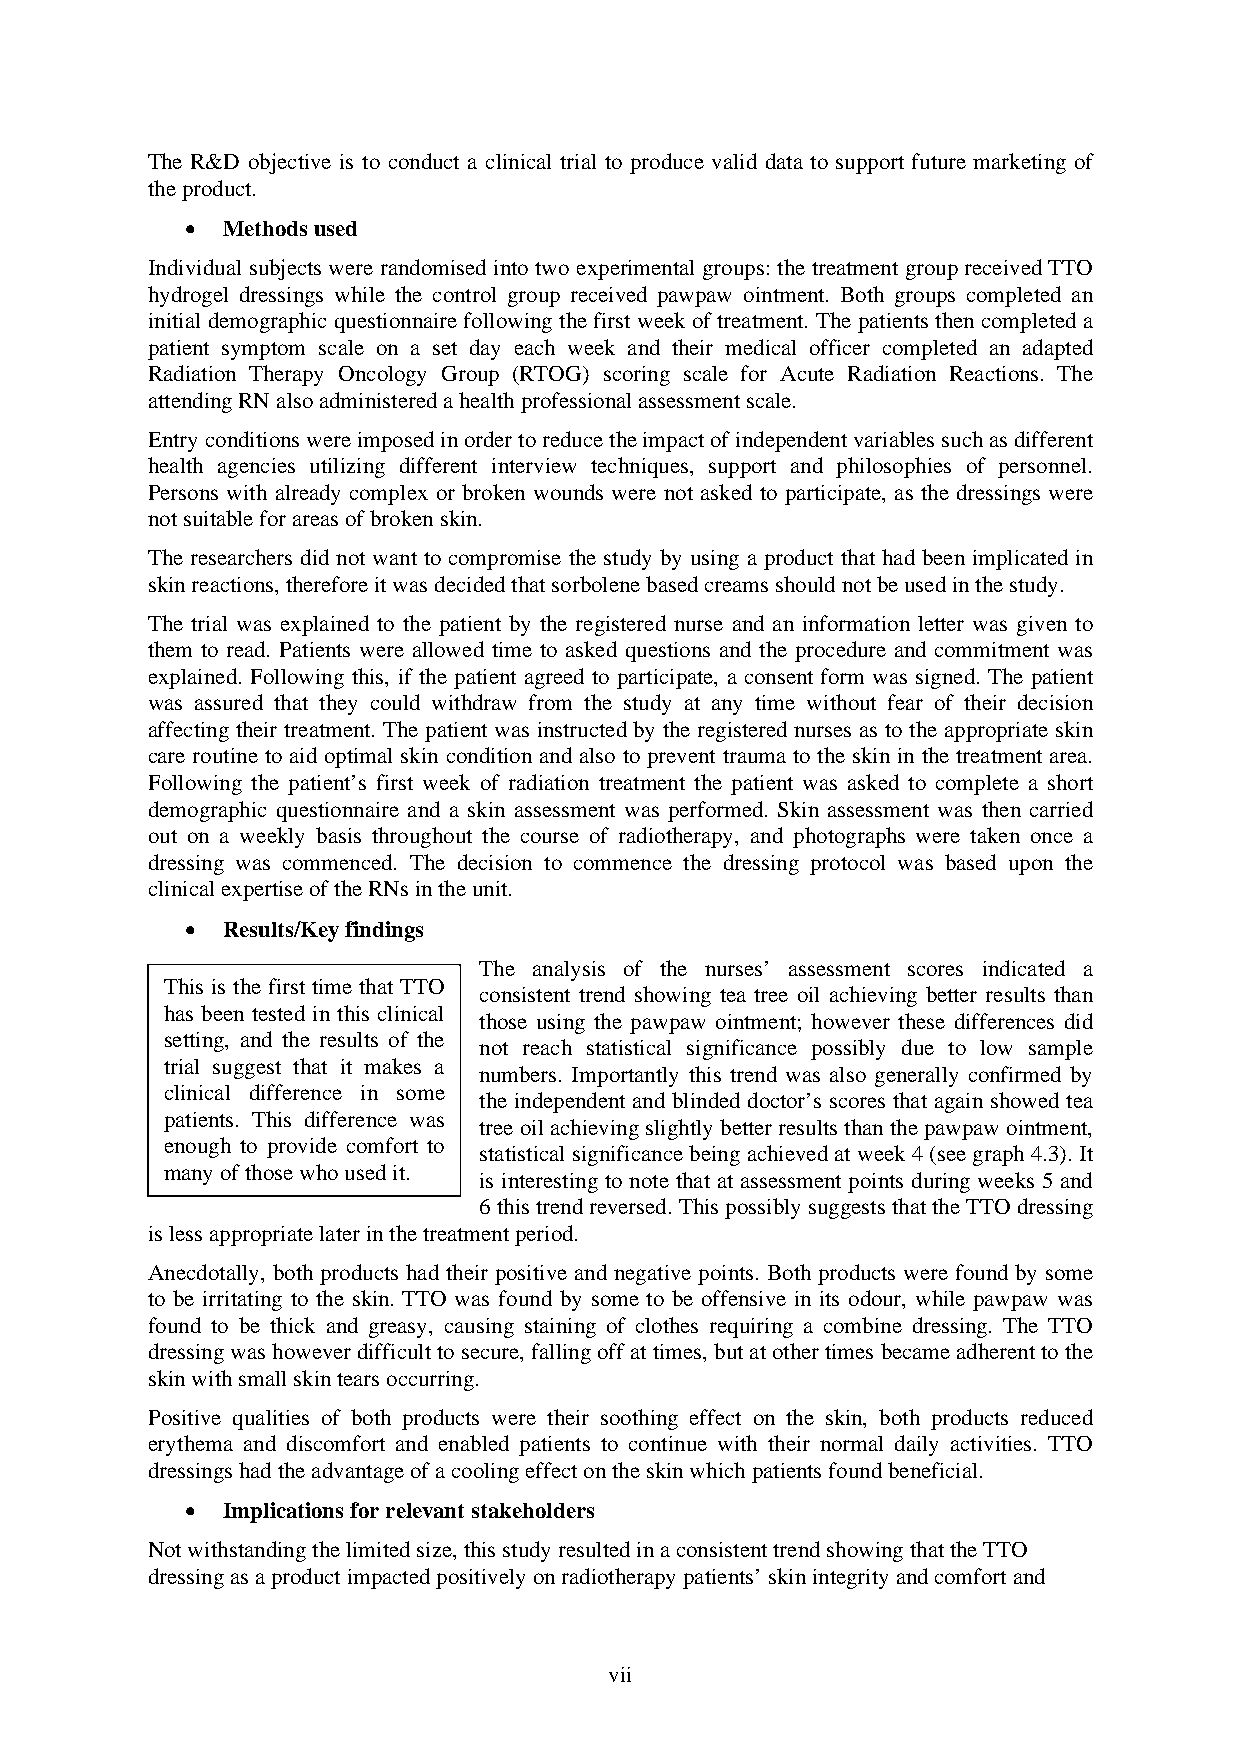
The R&D objective is to conduct a clinical trial to produce valid data to support future marketing of
 the product.
 •  Methods used
 Individual subjects were randomised into two experimental groups: the treatment group received TTO
 hydrogel dressings while the control group received pawpaw ointment. Both groups completed an
 initial demographic questionnaire following the first week of treatment. The patients then completed a
 patient symptom scale on a set day each week and their medical officer completed an adapted
 Radiation Therapy Oncology Group (RTOG) scoring scale for Acute Radiation Reactions. The
 attending RN also administered a health professional assessment scale.
 Entry conditions were imposed in order to reduce the impact of independent variables such as different
 health agencies utilizing different interview techniques, support and philosophies of personnel.
 Persons with already complex or broken wounds were not asked to participate, as the dressings were
 not suitable for areas of broken skin.
 The researchers did not want to compromise the study by using a product that had been implicated in
 skin reactions, therefore it was decided that sorbolene based creams should not be used in the study.
 The trial was explained to the patient by the registered nurse and an information letter was given to
 them to read. Patients were allowed time to asked questions and the procedure and commitment was
 explained. Following this, if the patient agreed to participate, a consent form was signed. The patient
 was assured that they could withdraw from the study at any time without fear of their decision
 affecting their treatment. The patient was instructed by the registered nurses as to the appropriate skin
 care routine to aid optimal skin condition and also to prevent trauma to the skin in the treatment area.
 Following the patient’s first week of radiation treatment the patient was asked to complete a short
 demographic questionnaire and a skin assessment was performed. Skin assessment was then carried
 out on a weekly basis throughout the course of radiotherapy, and photographs were taken once a
 dressing was commenced. The decision to commence the dressing protocol was based upon the
 clinical expertise of the RNs in the unit.
 •  Results/Key findings
 The analysis of the nurses’ assessment scores indicated a
 This is the first time that TTO
 consistent trend showing tea tree oil achieving better results than
 has been tested in this clinical
 those using the pawpaw ointment; however these differences did
 setting, and the results of the
 not reach statistical significance possibly due to low sample
 trial suggest that it makes a
 numbers. Importantly this trend was also generally confirmed by
 clinical difference in some
 the independent and blinded doctor’s scores that again showed tea
 patients. This difference was
 tree oil achieving slightly better results than the pawpaw ointment,
 enough to provide comfort to
 statistical significance being achieved at week 4 (see graph 4.3). It
 many of those who used it.
 is interesting to note that at assessment points during weeks 5 and
 6 this trend reversed. This possibly suggests that the TTO dressing
 is less appropriate later in the treatment period.
 Anecdotally, both products had their positive and negative points. Both products were found by some
 to be irritating to the skin. TTO was found by some to be offensive in its odour, while pawpaw was
 found to be thick and greasy, causing staining of clothes requiring a combine dressing. The TTO
 dressing was however difficult to secure, falling off at times, but at other times became adherent to the
 skin with small skin tears occurring.
 Positive qualities of both products were their soothing effect on the skin, both products reduced
 erythema and discomfort and enabled patients to continue with their normal daily activities. TTO
 dressings had the advantage of a cooling effect on the skin which patients found beneficial.
 •  Implications for relevant stakeholders
 Not withstanding the limited size, this study resulted in a consistent trend showing that the TTO
 dressing as a product impacted positively on radiotherapy patients’ skin integrity and comfort and
 vii